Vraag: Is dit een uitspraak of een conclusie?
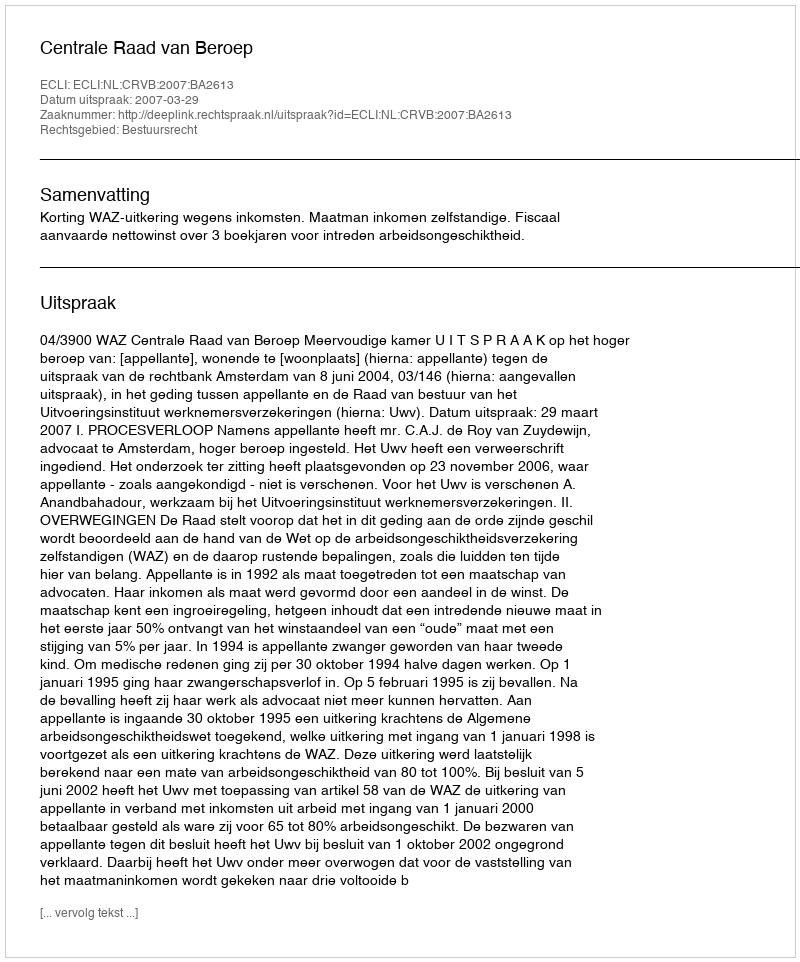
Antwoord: Uitspraak